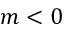
m < 0